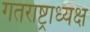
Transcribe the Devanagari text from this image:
गतराष्ट्राध्यक्ष